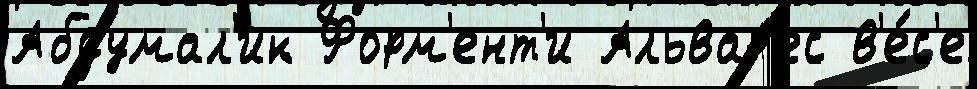
Абдумал'ик Форм'ент'и Альвар'ес в'е́с'е